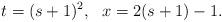
LaTeX: \begin{align*}t=(s+1)^2, ~~ x=2(s+1)-1. \end{align*}